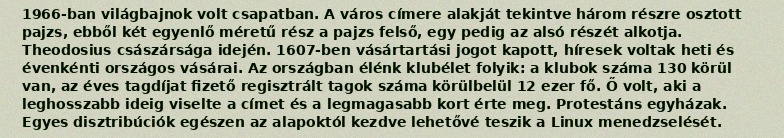
1966-ban világbajnok volt csapatban. A város címere alakját tekintve három részre osztott pajzs, ebből két egyenlő méretű rész a pajzs felső, egy pedig az alsó részét alkotja. Theodosius császársága idején. 1607-ben vásártartási jogot kapott, híresek voltak heti és évenkénti országos vásárai. Az országban élénk klubélet folyik: a klubok száma 130 körül van, az éves tagdíjat fizető regisztrált tagok száma körülbelül 12 ezer fő. Ő volt, aki a leghosszabb ideig viselte a címet és a legmagasabb kort érte meg. Protestáns egyházak. Egyes disztribúciók egészen az alapoktól kezdve lehetővé teszik a Linux menedzselését.